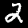
Label: 2